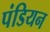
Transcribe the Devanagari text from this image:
पंडियन